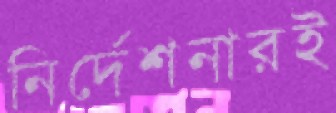
নির্দেশনারই